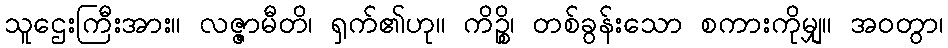
သူဌေးကြီးအား။ လဇ္ဇာမီတိ၊ ရှက်၏ဟု။ ကိဉ္စိ၊ တစ်ခွန်းသော စကားကိုမျှ။ အဝတွာ၊